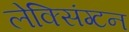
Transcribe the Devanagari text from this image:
लेक्सिंग्‍टन